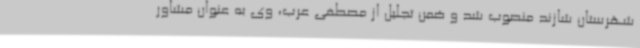
شهرستان شازند منصوب شد و ضمن تجلیل از مصطفی عرب، وی به عنوان مشاور